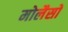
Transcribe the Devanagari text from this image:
मोलैसों